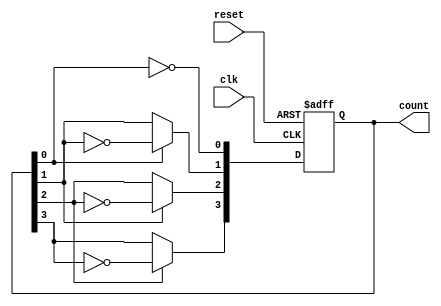
module async_ripple_counter (
    input wire clk,          // Clock input
    input wire reset,        // Asynchronous reset input
    output reg [N-1:0] count // Counter output
);
    parameter N = 4; // Number of bits in the counter (4-bit counter)

    // T flip-flop behavior
    always @(posedge clk or posedge reset) begin
        if (reset) begin
            count <= 0; // Reset counter to 0
        end else begin
            count[0] <= ~count[0]; // Toggle LSB
            // Ripple effect for the remaining bits
            count[1] <= count[0] ? ~count[1] : count[1];
            count[2] <= count[1] ? ~count[2] : count[2];
            count[3] <= count[2] ? ~count[3] : count[3];
        end
    end
endmodule